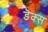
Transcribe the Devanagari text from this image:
डॆक्स